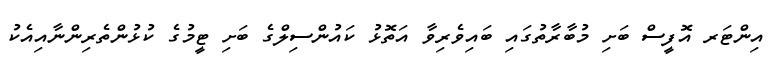
އިންޓަރ އޮފީސް ބަށި މުބާރާތުގައި ބައިވެރިވާ އަތޮޅު ކައުންސިލްގެ ބަށި ޓީމުގެ ކުޅުންތެރިންނާއިއެކު